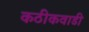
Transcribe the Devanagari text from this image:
कठीकवाडी